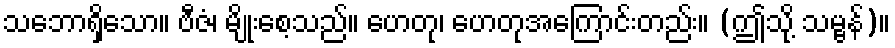
သဘောရှိသော။ ဗီဇံ၊ မျိုးစေ့သည်။ ဟေတု၊ ဟေတုအကြောင်းတည်း။ (ဤသို့ သမ္ဗန်)။